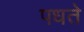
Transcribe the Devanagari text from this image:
पधते